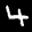
Label: 4